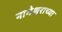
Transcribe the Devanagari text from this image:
नागेश्वराच्या